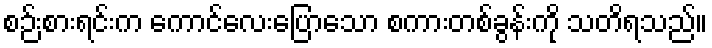
စဉ်းစားရင်းက ကောင်လေးပြောသော စကားတစ်ခွန်းကို သတိရသည်။